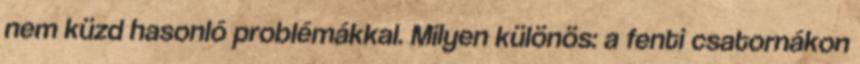
nem küzd hasonló problémákkal. Milyen különös: a fenti csatornákon